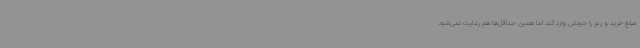
مبلغ خرید و رمز را خودش وارد کند اما همین حداقل‌ها هم رعایت نمی‌شود